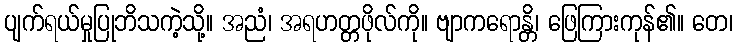
ပျက်ရယ်မှုပြုဘိသကဲ့သို့။ အညံ၊ အရဟတ္တဖိုလ်ကို။ ဗျာကရောန္တိ၊ ဖြေကြားကုန်၏။ တေ၊